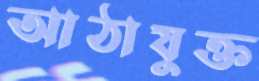
আঠাযুক্ত